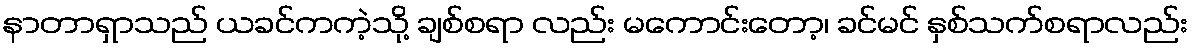
နာတာရှာသည် ယခင်ကကဲ့သို့ ချစ်စရာ လည်း မကောင်းတော့၊ ခင်မင် နှစ်သက်စရာလည်း